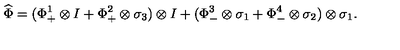
\widehat { \Phi } = ( \Phi _ { + } ^ { 1 } \otimes I + \Phi _ { + } ^ { 2 } \otimes \sigma _ { 3 } ) \otimes I + ( \Phi _ { - } ^ { 3 } \otimes \sigma _ { 1 } + \Phi _ { - } ^ { 4 } \otimes \sigma _ { 2 } ) \otimes \sigma _ { 1 } .